Civil Veterinary Dept. North-West Frontier Province 1901-22 - 1901-1922
Year: 1901
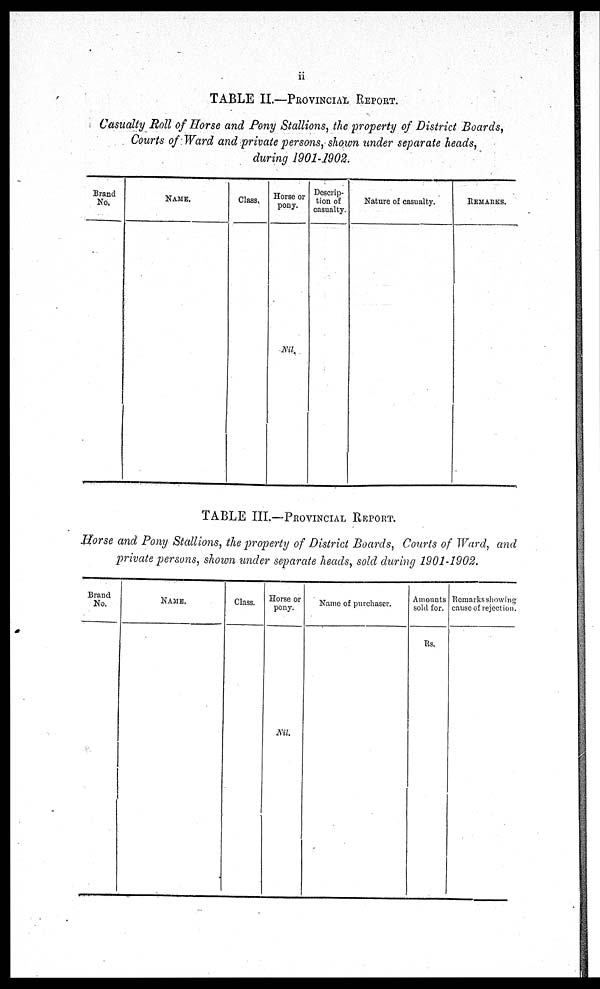
ii
TABLE II.—PROVINCIAL REPORT.
Casualty Roll of Horse and Pony Stallions, the property of District Boards,
Courts of Ward and private persons, shown under separate heads,
during 1901-1902.
Brand
No.
NAME.
Class.
Horse or
pony.
Nil.
Descrip-
tion of
casualty.
Nature of casualty.
REMARKS.
TABLE III.—PROVINCIAL REPORT.
Horse and Pony Stallions, the property of District Boards, Courts of Ward, and
private persons, shown under separate heads, sold during 1901-1902.
Brand
No.
NAME.
Class.
Horse or
pony.
Nil.
Name of purchaser.
Amounts
sold for.
Rs.
Remarks showing
cause of rejection.